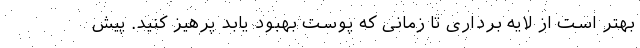
بهتر است از لایه برداری تا زمانی که پوست بهبود یابد پرهیز کنید. پیش